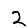
Digit: 2